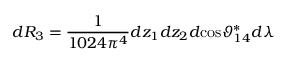
d R _ { 3 } = \frac { 1 } { 1 0 2 4 \pi ^ { 4 } } d z _ { 1 } d z _ { 2 } d \mathrm { c o s } \vartheta _ { 1 4 } ^ { * } d \lambda